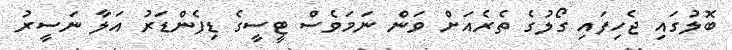
ބޮލުގައި ޖެހިފައި ގޯލުގެ ތެރެއަށް ވަން ނަމަވެސް ޓީސީގެ ޑިފެންޑަރު އަލާ ނަސީރު